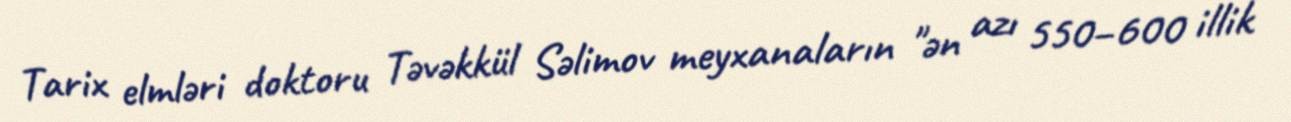
Tarix elmləri doktoru Təvəkkül Səlimov meyxanaların "ən azı 550–600 illik